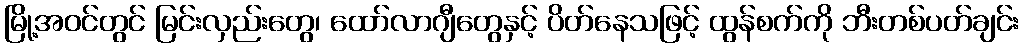
မြို့အဝင်တွင် မြင်းလှည်းတွေ၊ ထော်လာဂျီတွေနှင့် ပိတ်နေသဖြင့် ထွန်စက်ကို ဘီးတစ်ပတ်ချင်း